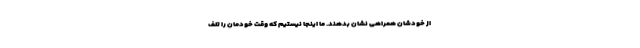
از خودشان همراهی نشان بدهند. ما اینجا نیستیم که وقت خودمان را تلف